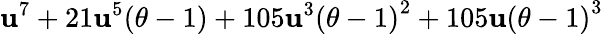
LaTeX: \mathbf{u}^{7}+21\mathbf{u}^{5}(\theta-1)+105\mathbf{u}^{3}{(\theta-1)}^{2}+105\mathbf{u}{(\theta-1)}^{3}